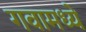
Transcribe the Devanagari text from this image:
गवामध्ये